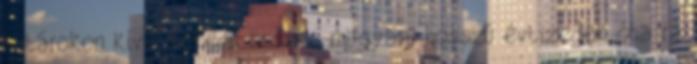
határokon kívül rekedt összes magyart hosszú évtizedek óta rá